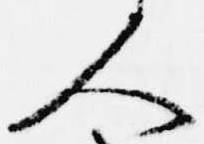
人